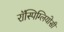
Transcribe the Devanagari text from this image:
रॉस्पिग्लियोसी